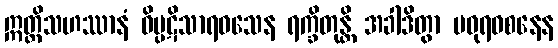
ဣတ္ထိသဟဿာနံ ဝိပ္ပဋိသာရဝသေန ရက္ခိတုန္တိ အခါဒိတွာ မဓုရဝစနေန